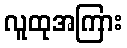
လူထုအကြား